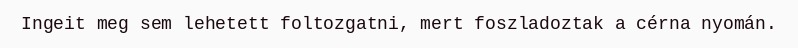
Ingeit meg sem lehetett foltozgatni, mert foszladoztak a cérna nyomán.